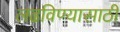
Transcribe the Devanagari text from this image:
लढविण्यासाठी